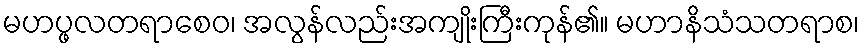
မဟပ္ဖလတရာစေဝ၊ အလွန်လည်းအကျိုးကြီးကုန်၏။ မဟာနိသံသတရာစ၊